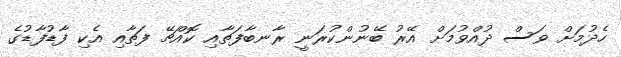
ހެދުމަށް ވަސް ދުއްވުމަށް އޭރު ބޭނުންކުރަނީ ރާނބާފަތާއި ކޮއްޗޭ ފަތާއި އެކި ފާޑުފާޑުގެ